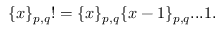
\{ x \} _ { p , q } ! = \{ x \} _ { p , q } \{ x - 1 \} _ { p , q } . . . 1 .